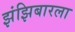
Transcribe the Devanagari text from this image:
झंझिबारला